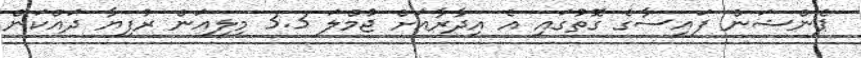
ޕެންޝަން ފައިސާގެ ގޮތުގައި އެ އިދާރާއަށް ޖުމްލަ 3.3 މިލިއަން ރުފިޔާ ދައްކަން